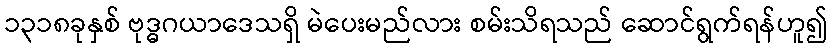
၁၃၁၈ခုနှစ် ဗုဒ္ဓဂယာဒေသရှိ မဲပေးမည်လား စမ်းသိရသည် ဆောင်ရွက်ရန်ဟူ၍